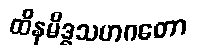
ထိနမိဒ္ဓသဟဂတော